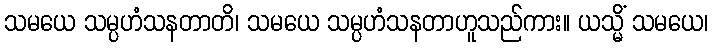
သမယေ သမ္ပဟံသနတာတိ၊ သမယေ သမ္ပဟံသနတာဟူသည်ကား။ ယသ္မိံ သမယေ၊